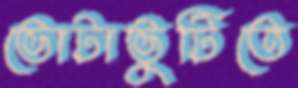
ভোটাভুটিতে